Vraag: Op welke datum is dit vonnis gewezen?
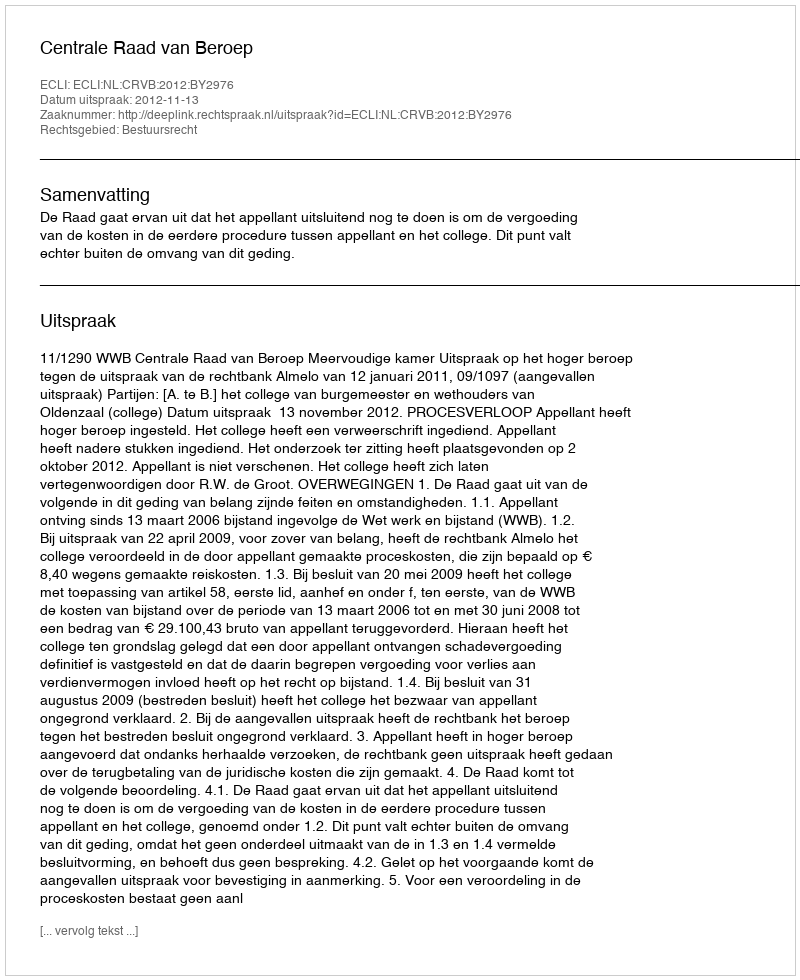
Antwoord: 2012-11-13